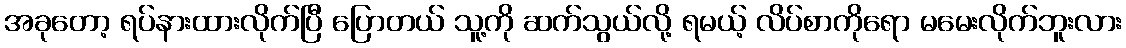
အခုတော့ ရပ်နားထားလိုက်ပြီ ပြောတယ် သူ့ကို ဆက်သွယ်လို့ ရမယ့် လိပ်စာကိုရော မမေးလိုက်ဘူးလား